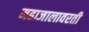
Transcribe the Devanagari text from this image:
महाजालावरती